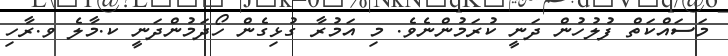
މަސައްކަތް ފުލުހުން ދަނީ ކުރަމުންނެވެ. މި އަމުރާ ގުޅިގެން ހޯދަމުންދަނީ ކ.މާލެ ވ.ރާހި